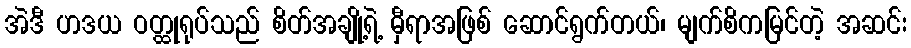
အဲဒီ ဟဒယ ဝတ္ထုရုပ်သည် စိတ်အချို့ရဲ့ မှီရာအဖြစ် ဆောင်ရွက်တယ်၊ မျက်စိကမြင်တဲ့ အဆင်း